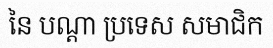
នៃ បណ្តា ប្រទេស សមាជិក